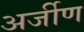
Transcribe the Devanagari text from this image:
अर्जीण